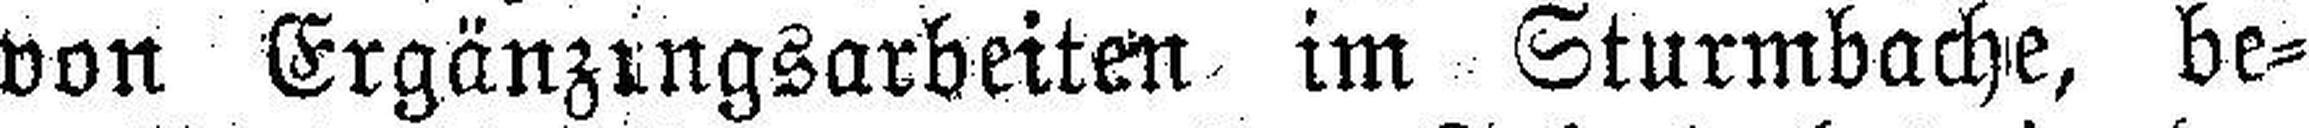
von Ergänzungsarbeiten im Sturmbache, be¬